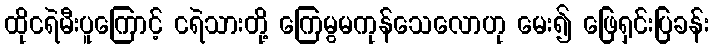
ထိုငရဲမီးပူကြောင့် ငရဲသားတို့ ကြေမွမကုန်သေလောဟု မေး၍ ဖြေရှင်းပြခန်း